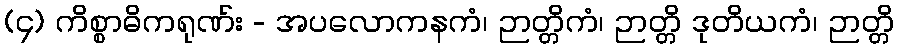
(၄) ကိစ္စာဓိကရုဏ်း - အပလောကနကံ၊ ဉာတ္တိကံ၊ ဉာတ္တိ ဒုတိယကံ၊ ဉာတ္တိ